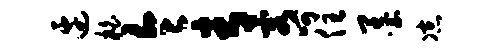
边柏令青容呵住墨凉